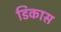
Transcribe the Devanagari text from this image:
डिकास